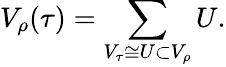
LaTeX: V_{\rho}(\tau)=\sum_{V_{\tau}\cong U\subset V_{\rho}}U.